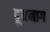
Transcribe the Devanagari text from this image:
दूधनाग